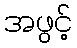
အဖွင့်